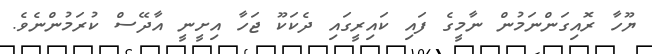
ޔޫހާ ރޮއިގަންނަމުން ނާމީގެ ފައި ކައިރީގައި ދެކަކޫ ޖަހާ އިށީނީ އާދޭސް ކުރަމުންނެވެ.